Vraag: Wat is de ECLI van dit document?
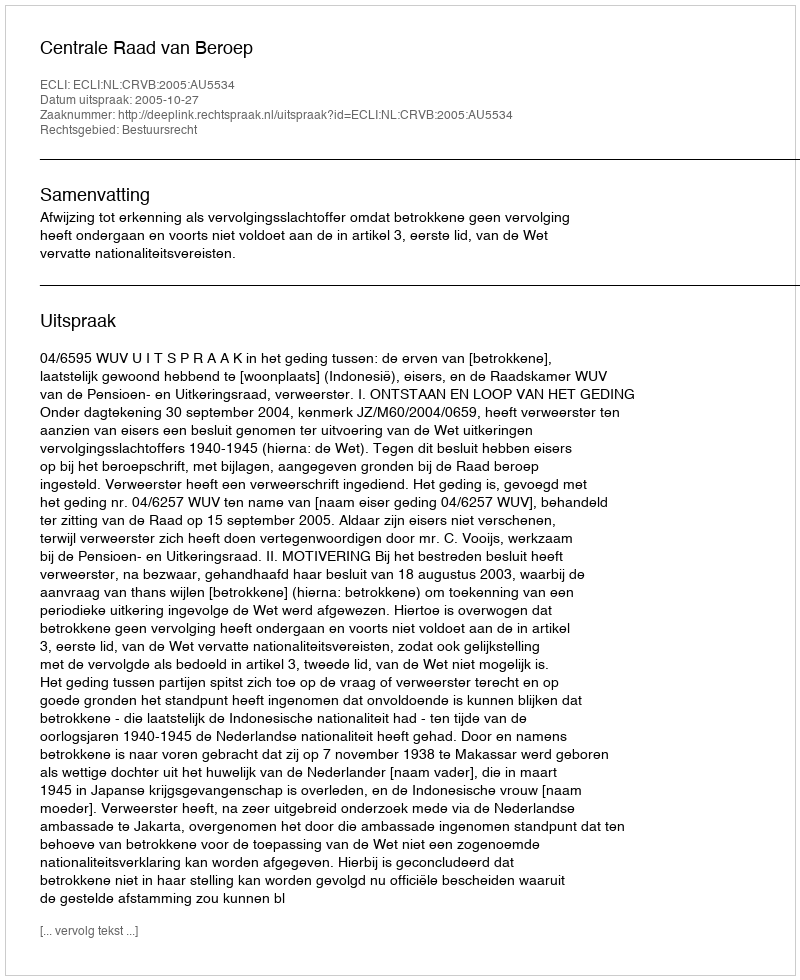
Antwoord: ECLI:NL:CRVB:2005:AU5534